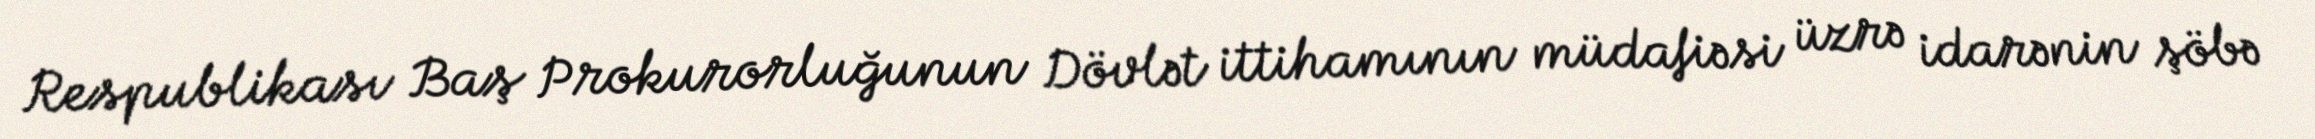
Respublikası Baş Prokurorluğunun Dövlət ittihamının müdafiəsi üzrə idarənin şöbə